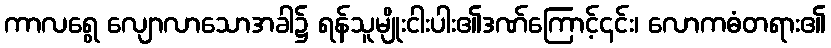
ကာလရွေ လျောလာသောအခါ၌ ရန်သူမျိုးငါးပါး၏ဒဏ်ကြောင့်၄င်း၊ လောကဓံတရား၏